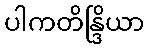
ပါကတိန္ဒြိယာ